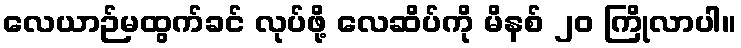
လေယာဉ်မထွက်ခင် လုပ်ဖို့ လေဆိပ်ကို မိနစ် ၂၀ ကြိုလာပါ။